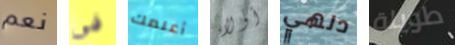
نعم فى أعلمك أولاء دلهي طويلة